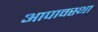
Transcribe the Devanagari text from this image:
आपावस्था